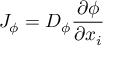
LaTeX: J _ { \phi } = D _ { \phi } { \frac { \partial \phi } { \partial x _ { i } } }